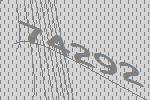
74292